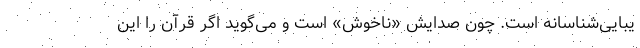
یبایی‌شناسانه است. چون صدایش «ناخوش» است و می‌گوید اگر قرآن را این